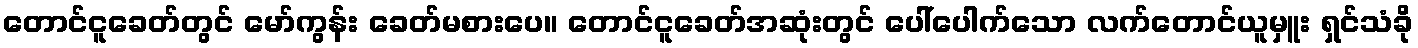
တောင်ငူခေတ်တွင် မော်ကွန်း ခေတ်မစားပေ။ တောင်ငူခေတ်အဆုံးတွင် ပေါ်ပေါက်သော လက်တောင်ယူမှူး ရှင်သံခို